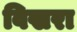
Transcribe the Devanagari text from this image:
विखरा